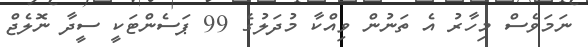
ނަމަވެސް މިހާރު އެ ތަނުން ވިއްކާ މުދަލުގެ 99 ޕަސެންޓަކީ ސީދާ ނޮލެޖް